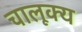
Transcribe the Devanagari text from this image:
चालूक्य